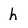
Character: h